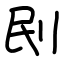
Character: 刡